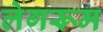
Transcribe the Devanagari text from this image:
लेगरूम